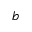
b